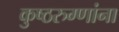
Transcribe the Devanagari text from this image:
कुष्ठरुग्णांना